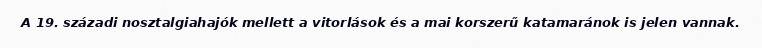
A 19. századi nosztalgiahajók mellett a vitorlások és a mai korszerű katamaránok is jelen vannak.